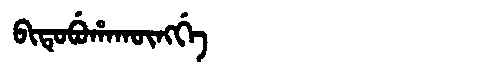
Manchu: ᠪᡳᡨᡠᠪᡠᡥᠠᡴᡡᠩᡤᡝ
Romanization: BITUBUHAKŪNGGE